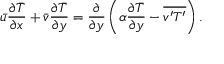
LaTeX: { \bar { u } } { \frac { \partial { \bar { T } } } { \partial x } } + { \bar { v } } { \frac { \partial { \bar { T } } } { \partial y } } = { \frac { \partial } { \partial y } } \left( \alpha { \frac { \partial { \bar { T } } } { \partial y } } - { \overline { { v ^ { \prime } T ^ { \prime } } } } \right) .